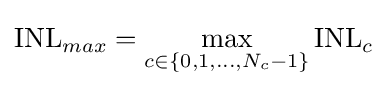
\mathrm {INL} _{max}=\max _{c\in \{0,1,\ldots ,N_{c}-1\}}\mathrm {INL} _{c}